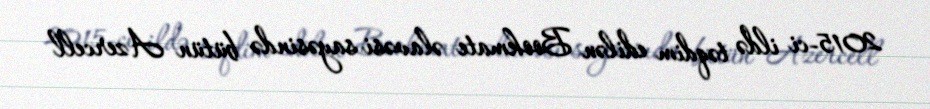
2015-ci ildə təqdim edilən Bookmate əlavəsi sayəsində bütün Azercell